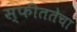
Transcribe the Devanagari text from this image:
स्फीततेचा